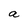
Character: a